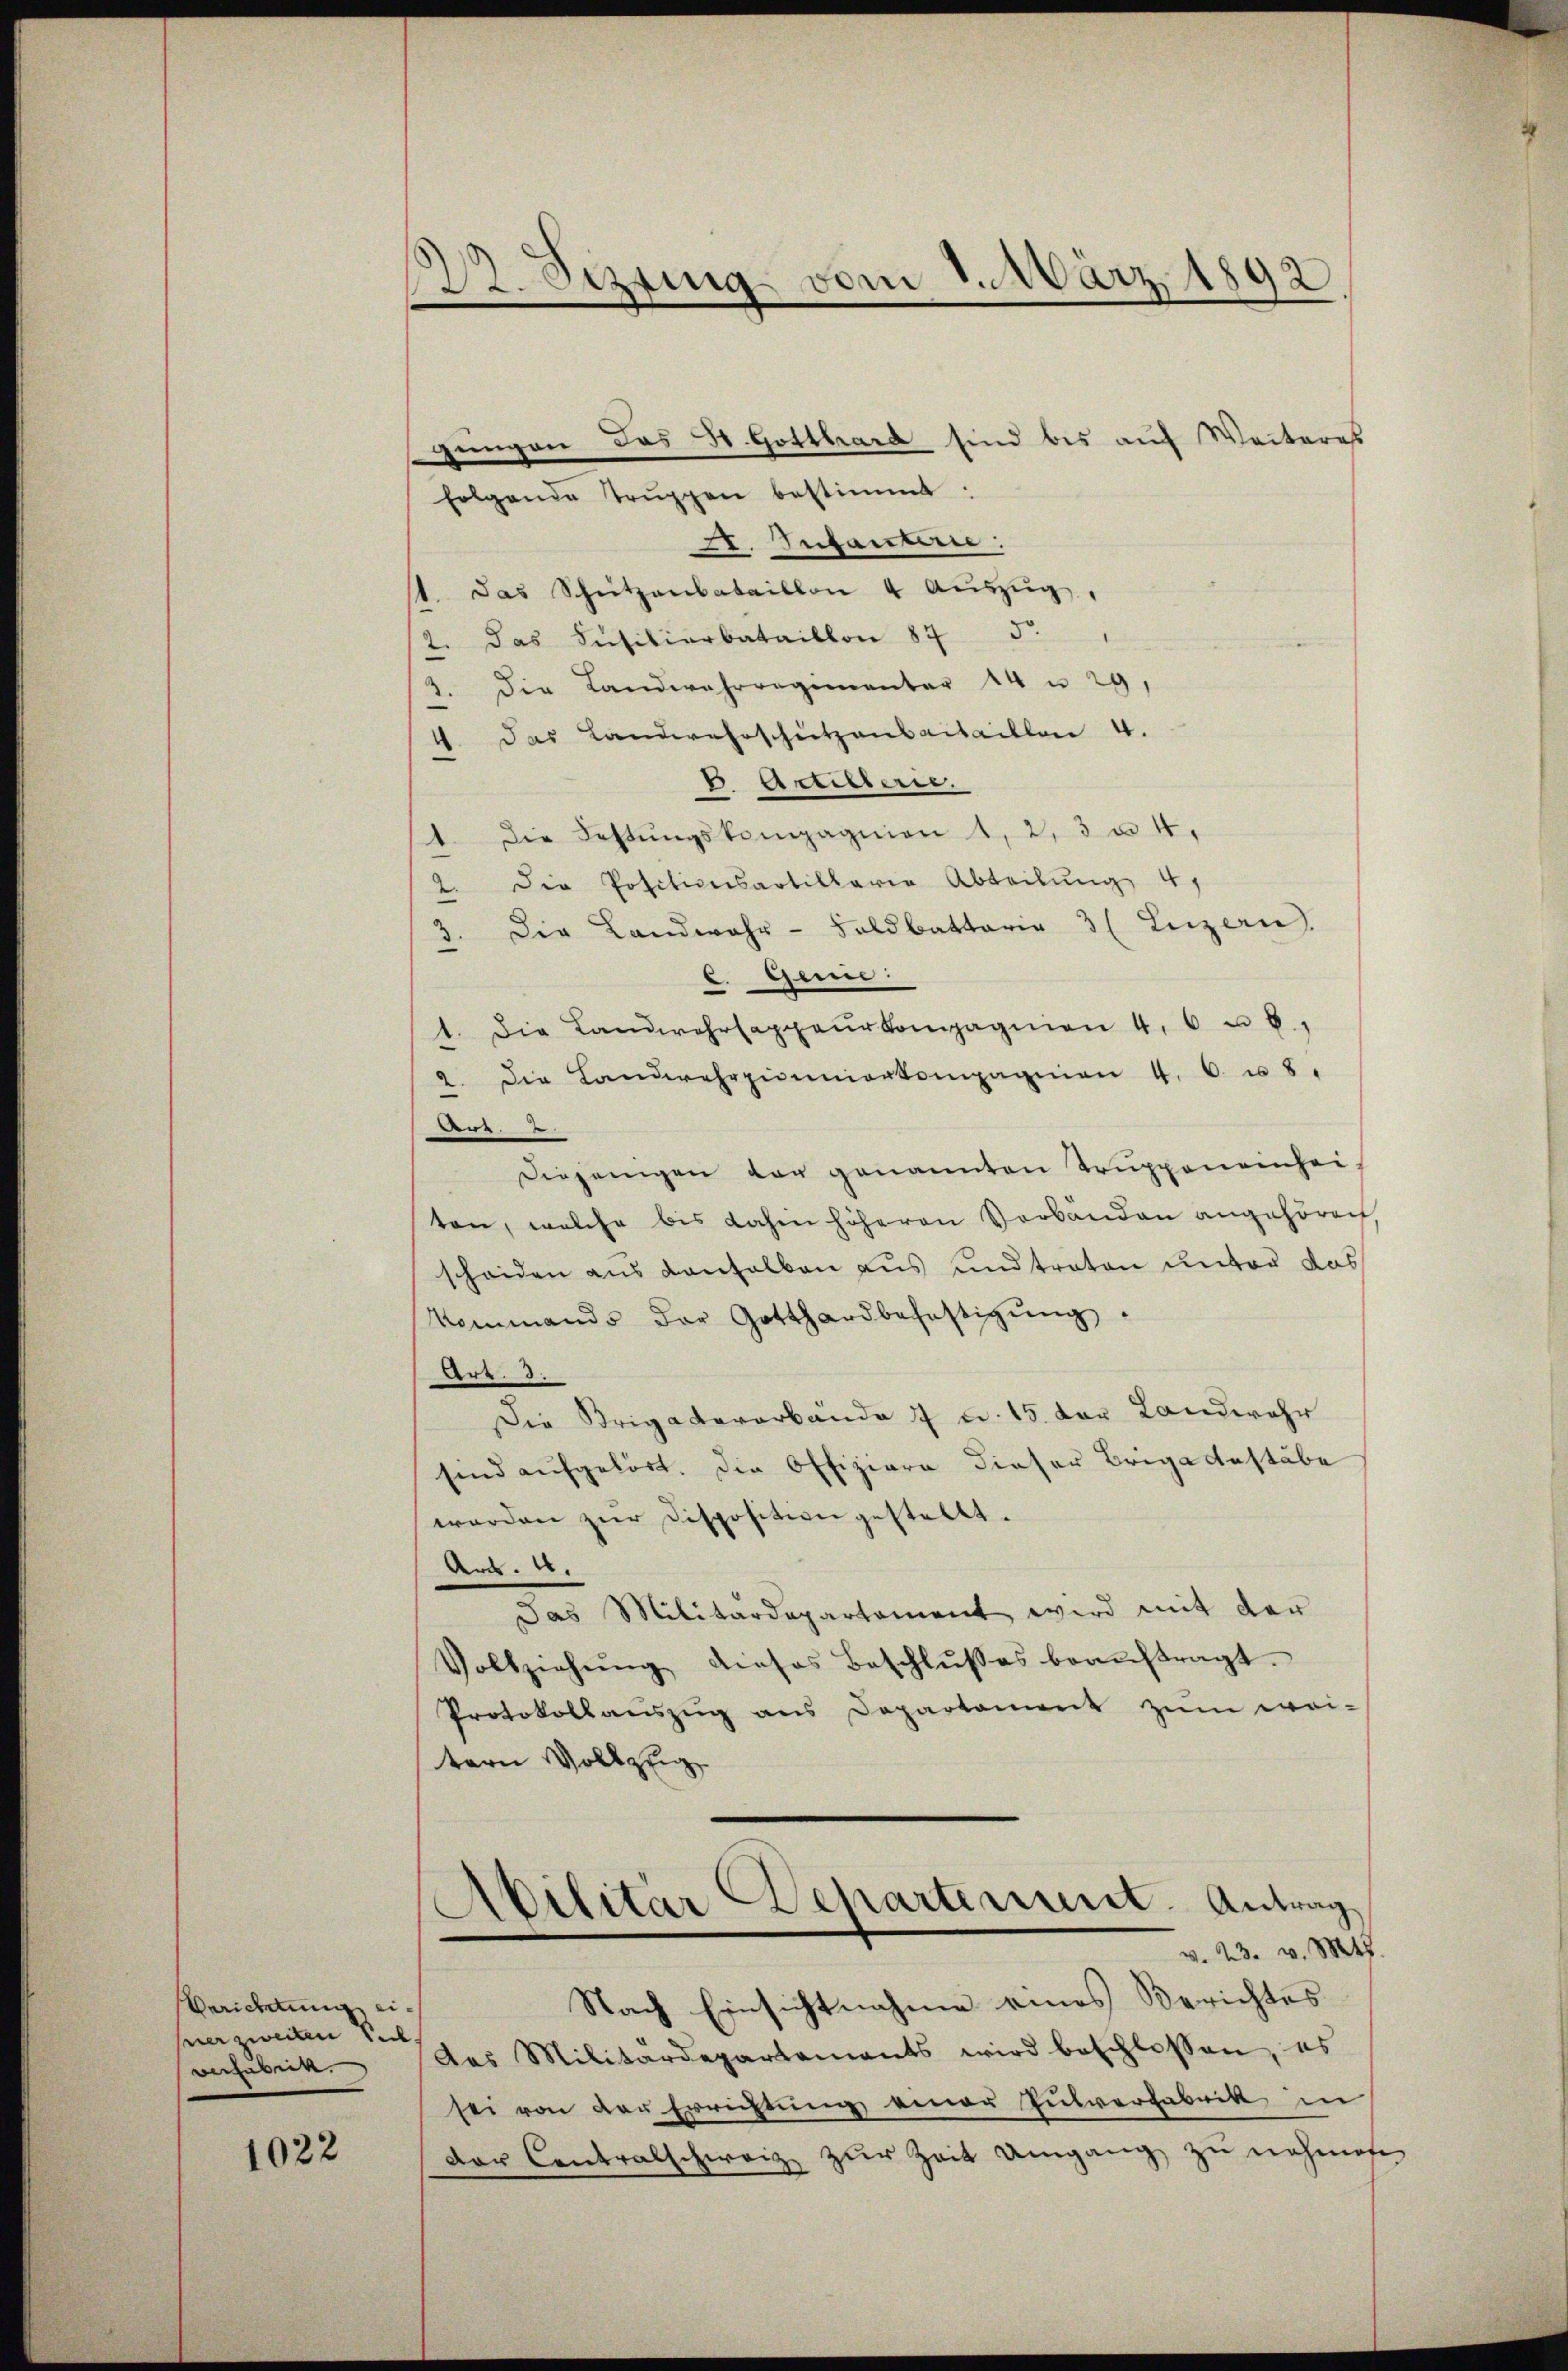
Berichtung eipier zweiten Seel
Dechaben.

1022

1. etzung vom 1. März 1892

gungen das St. Gotthard sind bis auf Weiteres
folgende Trŭppen bestimmt:
2. Infanten:
1. das Schützenbataillon 4 Aŭszŭg.
2. das Füsiliarbataillon 875.
2. Die Landwehrregimenter 14 u 29,
4. Das Landwahrschützenbataillon 4.
. Artillerie.
1. Die Rettŭngskompagnien 1, 2, 3 u. 4,
2. Die Positiversartillaria Abteilung 41
Die Landwehr-Soldbattarie 3 (Luzern.
3.
c. Gene
1. Die Landwehrsappaŭrkompagnien 4. 6 u. 6,
2. Die Landwehrpiniorkompagnien 4. 6. u. 8.
en.
Diejenigen von genannten Trŭppeneinhei-
ten, welche bis dahin höheren Verbanden angehören.
scheiden aus anhalben aus undtraton unter das
Kommando der Gotthardbefestigŭng:
Art.
Die Brigaderarbände 7 v. 15. der Landwehr
sind aufgelöst. Die Offiziere dieser Brige Anstäbe
werden zur Disposition gestellt.
Art. 4.
Das Militärdepartament wird mit der
Vollziehŭng dieses Beschlŭβes beaŭftragt.
Protokollaŭszŭg ans Departement zŭm wei-
tern Vollzug
Abilitär Departement. Antrag
v. 23. v. Mts.
Nach Einsichtnahme eines Berichtes
das Militärdepartements wird beschlossen, es
sei von der Errichtung einer Pulverfabrik in
der Centralschweiz zur Zeit Umgang zu nehmen